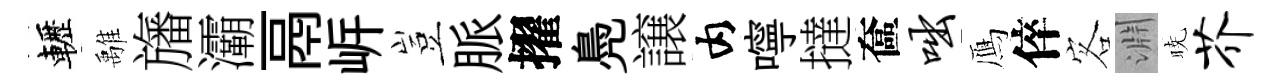
轣𩀌旛灞鬲㟁豈脈擢鳧譲内嚀撻奩咄鴈倅客淵暁芥